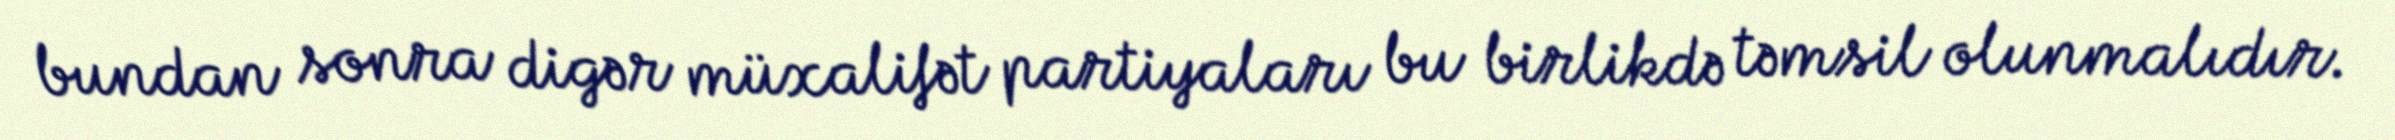
bundan sonra digər müxalifət partiyaları bu birlikdə təmsil olunmalıdır.